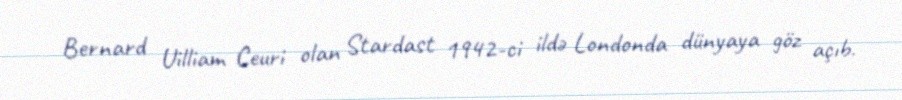
Bernard Uilliam Ceuri olan Stardast 1942-ci ildə Londonda dünyaya göz açıb.